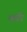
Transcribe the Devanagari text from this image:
व्शरीर